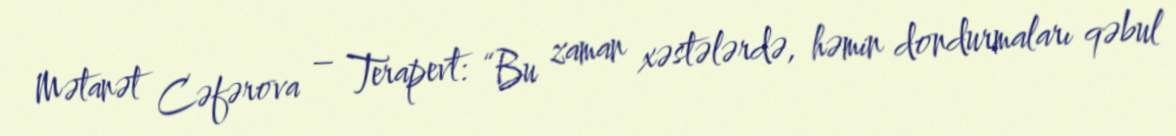
Mətanət Cəfərova – Terapevt: “Bu zaman xəstələrdə, həmin dondurmaları qəbul